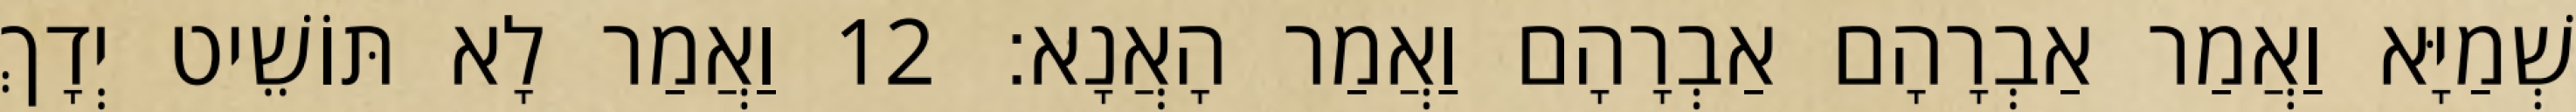
שְׁמַיָּא וַאֲמַר אַבְרָהָם אַבְרָהָם וַאֲמַר הָאֲנָא׃ 12 וַאֲמַר לָא תּוֹשֵׁיט יְדָךְ